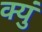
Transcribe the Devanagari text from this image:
क्युं